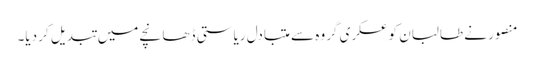
منصور نے طالبان کو عسکری گروہ سے متبادل ریاستی ڈھانچے میں تبدیل کر دیا۔